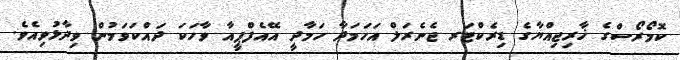
ކޮމޯރޯސްގެ ޚާރިޖިއްޔާގެ ޑިރެކްޓަރ ޖެނެރަލް އަހަމަދާ ހަމާދީ އޭއެފްޕީއާ ވާހަކަ ދައްކަވަމުން ވިދާޅުވިއެވެ.